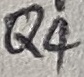
Text: Q4